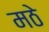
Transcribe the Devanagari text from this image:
मठे